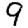
Digit: 9